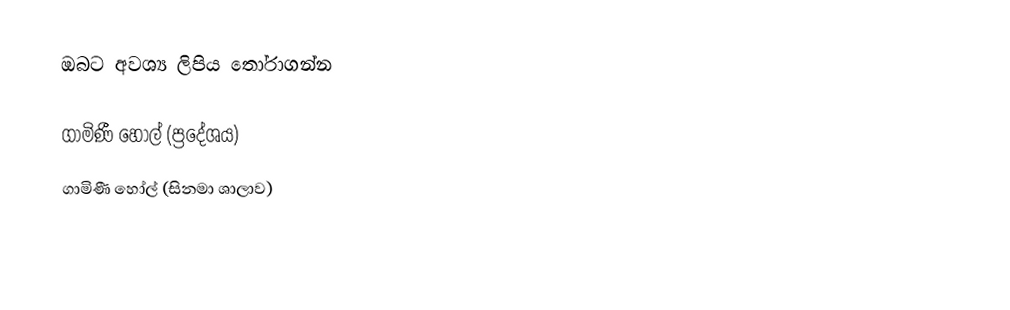
ඔබට අවශ්‍ය ලිපිය තෝරාගන්න

  ගාමිණී හෝල් (ප්‍රදේශය)
 ගාමිණී හෝල් (සිනමා ශාලාව)